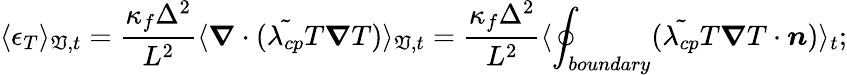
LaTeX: \langle\epsilon_{T}\rangle_{\mathfrak{V},t}=\frac{{\kappa_{f}\Delta^{2}}}{{L^{2}}}\langle\boldsymbol{\nabla}\cdot(\tilde{{\lambda_{cp}}}T\boldsymbol{\nabla}T)\rangle_{\mathfrak{V},t}=\frac{{\kappa_{f}\Delta^{2}}}{{L^{2}}}\langle\displaystyle\oint_{boundary}(\tilde{{\lambda_{cp}}}T\boldsymbol{\nabla}T\cdot\boldsymbol{n})\rangle_{t};